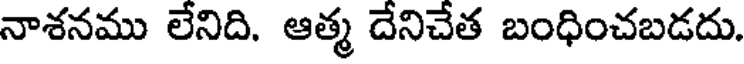
నాశనము లేనిది. ఆత్మ దేనిచేత బంధించబడదు.